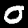
Digit: 0